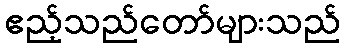
ဧည့်သည်တော်များသည်